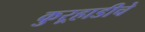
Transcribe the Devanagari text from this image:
कुऱ्हाडीचे